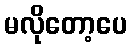
မလိုတော့ပေ